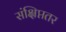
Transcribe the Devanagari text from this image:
संक्षिप्ततर